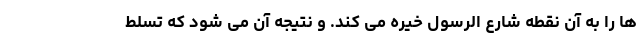
ها را به آن نقطه شارع الرسول خیره می کند. و نتیجه آن می شود که تسلط